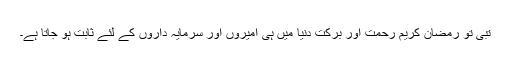
تبی تو رمضان کریم رحمت اور برکت دنیا میں ہی امیروں اور سرمایہ داروں کے لئے ثابت ہو جاتا ہے۔